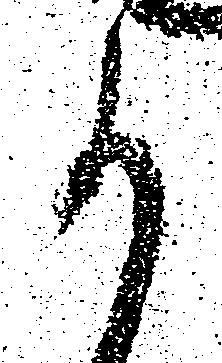
か